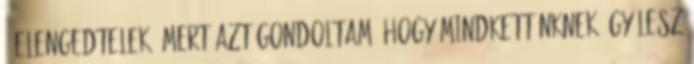
– Elengedtelek, mert azt gondoltam, hogy mindkettőnknek így lesz